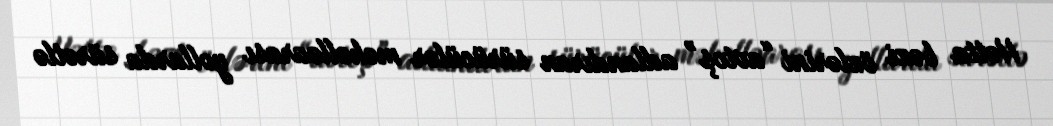
Hətta bəzi özlərini “avtoş” adlandıran sürücülər məhəlləarası yollarda sürətlə